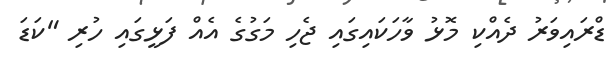
ޑްރައިވަރު ދެއްކި މޮޅު ވާހަކައިގައި ޖެހި މަގުގެ އެއް ފަޅީގައި ހުރި "ކަޑަ